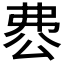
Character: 𠔘